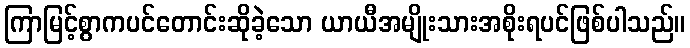
ကြာမြင့်စွာကပင်တောင်းဆိုခဲ့သော ယာယီအမျိုးသားအစိုးရပင်ဖြစ်ပါသည်။